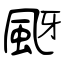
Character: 颬